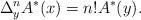
LaTeX: \begin{align*} \Delta^{n}_{y}A^{\ast}(x)=n!A^{\ast}(y).\end{align*}